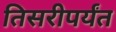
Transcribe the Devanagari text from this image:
तिसरीपर्यंत